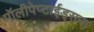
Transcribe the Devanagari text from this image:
पॉलीपेप्टाईड्सना